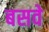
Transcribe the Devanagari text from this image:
बसवे